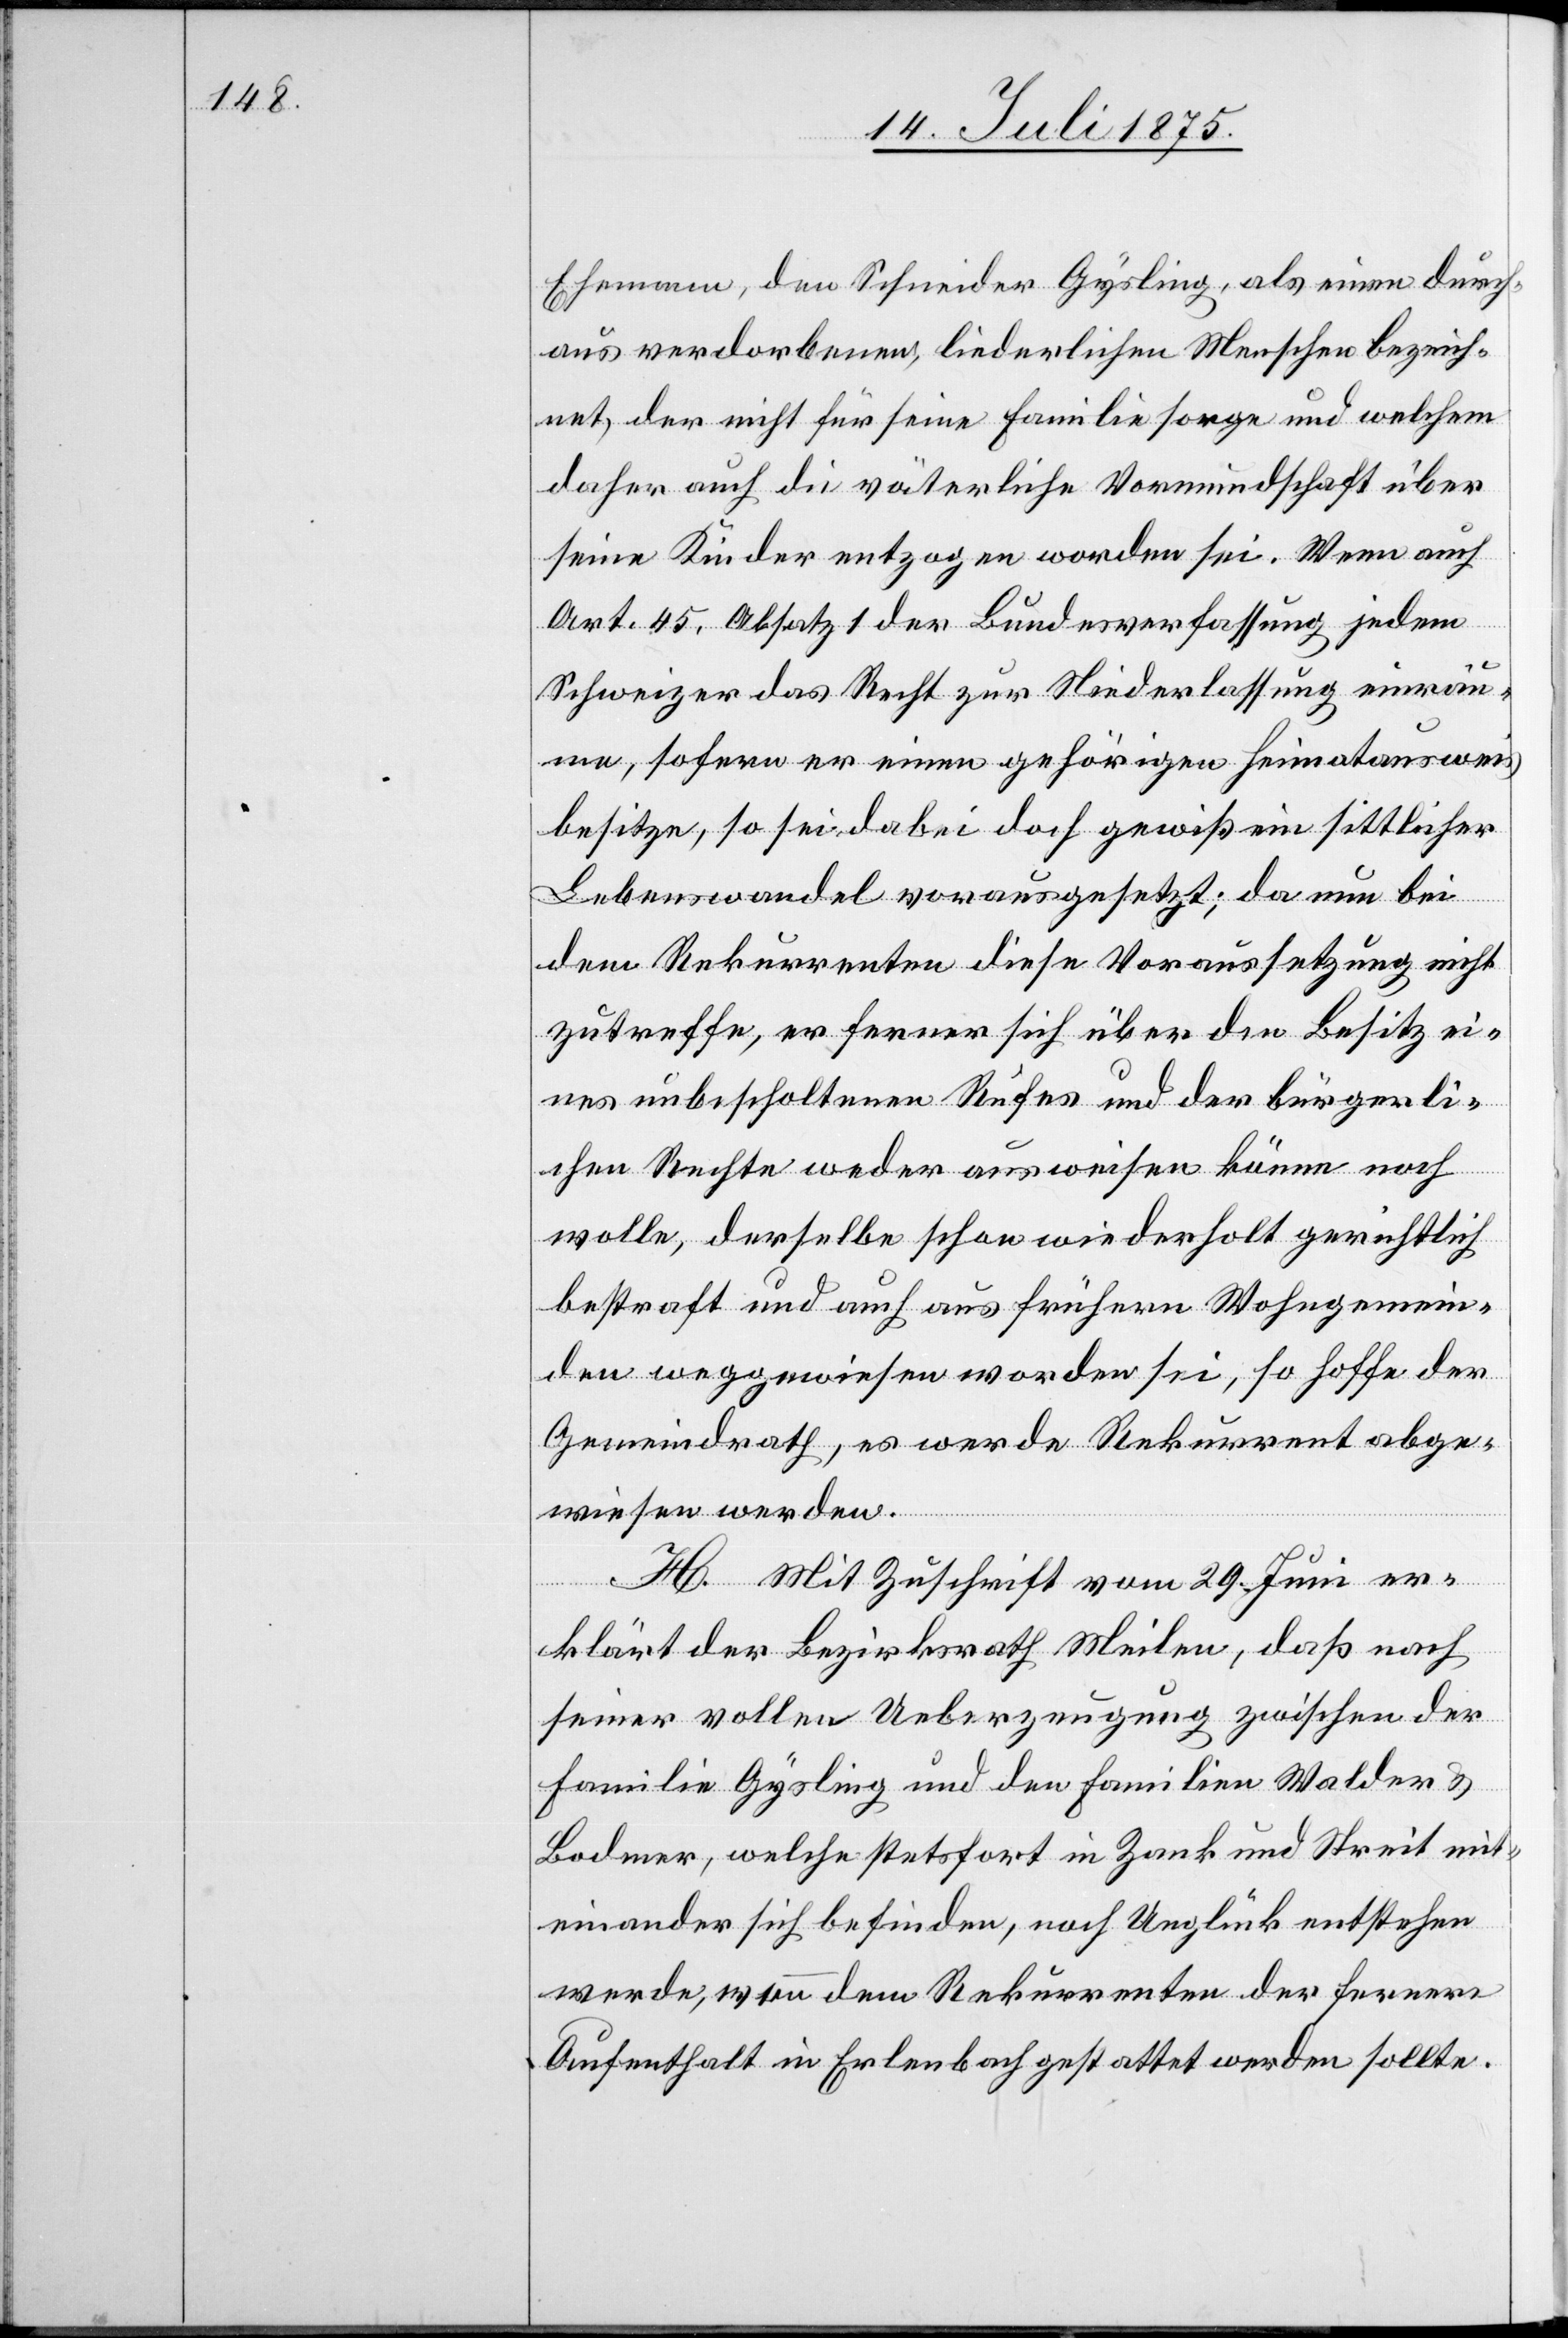
Ehemann, den Schneider Gysling, als einen durch¬
aus verdorbenen, liederlichen Menschen bezeich¬
net, der nicht für seine Familie sorge und welchem
daher auch die väterliche Vormundschaft über
seine Kinder entzogen worden sei. Wenn auch
Art. 45 Absatz 1 der Bundesverfassung jedem
Schweizer das Recht zur Niederlassung einräu¬
me, sofern er einen gehörigen Heimatsausweis
besitze, so sei dabei doch gewiß ein sittlicher
Lebenswandel vorausgesetzt; da nun bei
dem Rekurrenten diese Voraussetzung nicht
zutreffe, er ferner über den Besitz ei¬
nes unbescholtenen Rufes und der bürgerli¬
chen Rechte weder ausweisen könne noch
wolle, derselbe schon wiederholt gerichtlich
bestraft und auch aus frühern Wohngemein¬
den weggewiesen worden sei, so hoffe der
Gemeindrath, es werde Rekurrent abge¬
wiesen werden.
H. Mit Zuschrift vom 29. Juni er¬
klärt der Bezirksrath Meilen, daß nach
seiner vollen Ueberzeugung zwischen der
Familie Gysling und den Familien Walder &
Bodmer, welche stetsfort in Zank und Streit mit¬
einander sich befinden, noch Unglück entstehen
werde, wenn dem Rekurrenten der fernere
Aufenthalt in Erlenbach gestattet werden sollte.